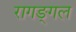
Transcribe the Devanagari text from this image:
रागङ्गल